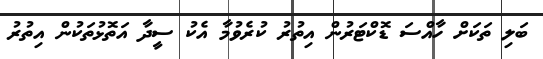
ބަލި ތަކަށް ހާއްސަ ޑޮކްޓަރުން އިތުރު ކުރެވުމާ އެކު ސީދާ އަތޮޅުތަކުން އިތުރު